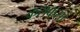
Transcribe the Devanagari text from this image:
कसकसा